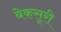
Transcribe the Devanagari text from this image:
बेकसूरी